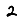
Digit: 2